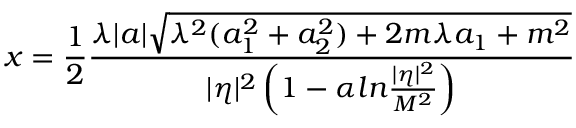
x = \frac { 1 } { 2 } \frac { \lambda | a | \sqrt { \lambda ^ { 2 } ( a _ { 1 } ^ { 2 } + a _ { 2 } ^ { 2 } ) + 2 m { \lambda } a _ { 1 } + m ^ { 2 } } } { | \eta | ^ { 2 } \left( 1 - \alpha { l n } \frac { | \eta | ^ { 2 } } { M ^ { 2 } } \right) }